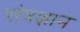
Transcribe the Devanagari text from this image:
त्तंत्रज्ञान